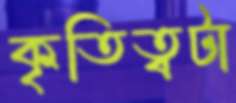
কৃতিত্বটা